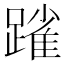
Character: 𨄤